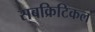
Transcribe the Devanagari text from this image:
सबक्रिटिकल